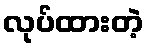
လုပ်ထားတဲ့